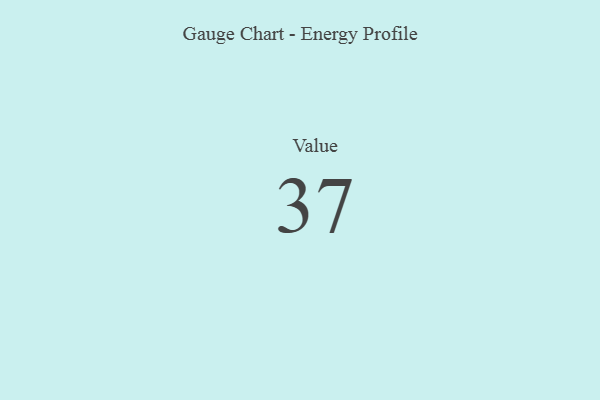
{"axis": {"x": "Metric", "y": "Value"}, "legend": [""], "data": [{"x": "Value", "y": 37, "type": ""}]}